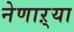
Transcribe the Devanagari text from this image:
नेणाऱ्या